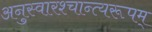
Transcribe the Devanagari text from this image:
अनुस्वारश्चान्त्यरूपम्